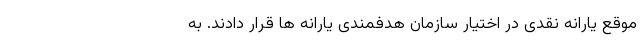
موقع یارانه نقدی در اختیار سازمان هدفمندی یارانه ها قرار دادند. به